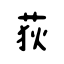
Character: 荻